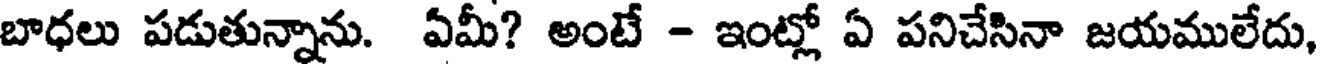
బాధలు పడుతున్నాను. ఏమీ? అంటే - ఇంట్లో ఏ పనిచేసినా జయములేదు,